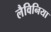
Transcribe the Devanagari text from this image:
लैविनिया